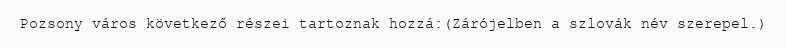
Pozsony város következő részei tartoznak hozzá:(Zárójelben a szlovák név szerepel.)